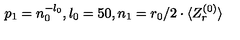
p _ { 1 } = n _ { 0 } ^ { - l _ { 0 } } , l _ { 0 } = 5 0 , n _ { 1 } = r _ { 0 } / 2 \cdot \langle Z _ { r } ^ { ( 0 ) } \rangle